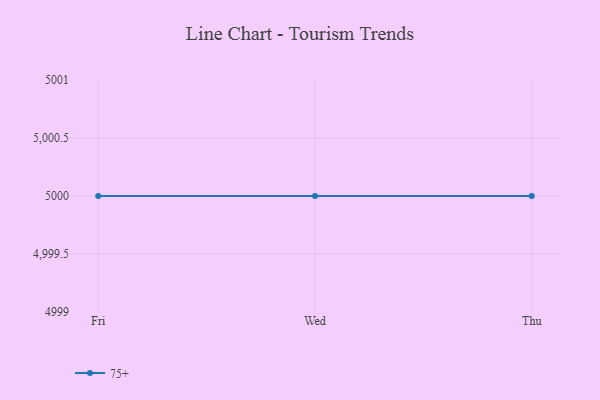
{"axis": {"x": "Day", "y": "Waste Production (Tons)"}, "legend": ["75+"], "data": [{"x": "Fri", "y": 5000, "type": "75+"}, {"x": "Wed", "y": 5000, "type": "75+"}, {"x": "Thu", "y": 5000, "type": "75+"}]}